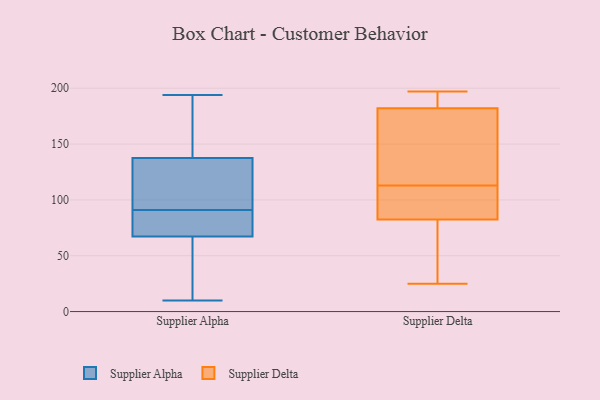
{"axis": {"x": "Revenue (USD Million)", "y": "Value"}, "legend": ["Supplier Alpha", "Supplier Delta"], "data": [{"x": "", "y": 61, "type": "Supplier Alpha"}, {"x": "", "y": 87, "type": "Supplier Alpha"}, {"x": "", "y": 10, "type": "Supplier Alpha"}, {"x": "", "y": 91, "type": "Supplier Alpha"}, {"x": "", "y": 186, "type": "Supplier Alpha"}, {"x": "", "y": 86, "type": "Supplier Alpha"}, {"x": "", "y": 94, "type": "Supplier Alpha"}, {"x": "", "y": 138, "type": "Supplier Alpha"}, {"x": "", "y": 54, "type": "Supplier Alpha"}, {"x": "", "y": 194, "type": "Supplier Alpha"}, {"x": "", "y": 136, "type": "Supplier Alpha"}, {"x": "", "y": 185, "type": "Supplier Delta"}, {"x": "", "y": 109, "type": "Supplier Delta"}, {"x": "", "y": 25, "type": "Supplier Delta"}, {"x": "", "y": 69, "type": "Supplier Delta"}, {"x": "", "y": 76, "type": "Supplier Delta"}, {"x": "", "y": 100, "type": "Supplier Delta"}, {"x": "", "y": 185, "type": "Supplier Delta"}, {"x": "", "y": 156, "type": "Supplier Delta"}, {"x": "", "y": 195, "type": "Supplier Delta"}, {"x": "", "y": 117, "type": "Supplier Delta"}, {"x": "", "y": 179, "type": "Supplier Delta"}, {"x": "", "y": 197, "type": "Supplier Delta"}, {"x": "", "y": 79, "type": "Supplier Delta"}, {"x": "", "y": 148, "type": "Supplier Delta"}, {"x": "", "y": 87, "type": "Supplier Delta"}, {"x": "", "y": 31, "type": "Supplier Delta"}, {"x": "", "y": 86, "type": "Supplier Delta"}, {"x": "", "y": 153, "type": "Supplier Delta"}, {"x": "", "y": 104, "type": "Supplier Delta"}, {"x": "", "y": 185, "type": "Supplier Delta"}]}